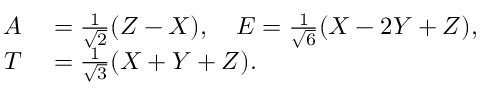
\begin{array} { r l } { A } & { { } = \frac { 1 } { \sqrt { 2 } } ( Z - X ) , \quad E = \frac { 1 } { \sqrt { 6 } } ( X - 2 Y + Z ) , } \\ { T } & { { } = \frac { 1 } { \sqrt { 3 } } ( X + Y + Z ) . } \end{array}